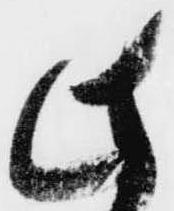
此